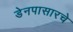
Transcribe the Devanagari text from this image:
डेनपासारचे